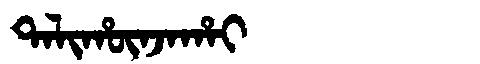
Manchu: ᡨᠠᠯᡳᡥᡡᠨᠵᠠᡥᠠᡳ
Romanization: TALIHŪNJAHAI